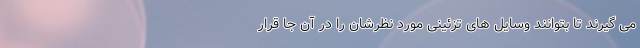
می گیرند تا بتوانند وسایل های تزئینی مورد نظرشان را در آن جا قرار